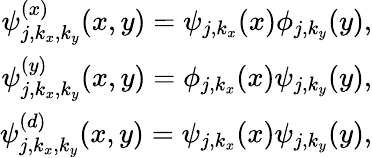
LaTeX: \begin{array}{r}{\psi_{j,k_{x},k_{y}}^{(x)}(x,y)=\psi_{j,k_{x}}(x)\phi_{j,k_{y}}(y),}\\ {\psi_{j,k_{x},k_{y}}^{(y)}(x,y)=\phi_{j,k_{x}}(x)\psi_{j,k_{y}}(y),}\\ {\psi_{j,k_{x},k_{y}}^{(d)}(x,y)=\psi_{j,k_{x}}(x)\psi_{j,k_{y}}(y),}\end{array}